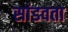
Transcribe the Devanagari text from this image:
सांडवता